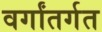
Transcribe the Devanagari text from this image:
वर्गांतर्गत